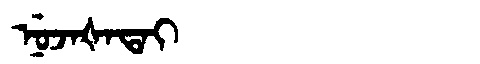
Manchu: ᠨᡠᠵᠠᡧᠠᡨᠠᡳ
Romanization: NUJAŠATAI